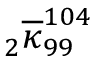
{ } _ { 2 } \overline { { \kappa } } _ { 9 9 } ^ { 1 0 4 }